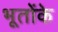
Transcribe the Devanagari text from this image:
भूतोंके